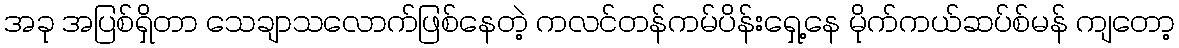
အခု အပြစ်ရှိတာ သေချာသလောက်ဖြစ်နေတဲ့ ကလင်တန်ကမ်ပိန်းရှေ့နေ မိုက်ကယ်ဆပ်စ်မန် ကျတော့